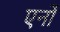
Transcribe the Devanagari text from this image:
एर्नो